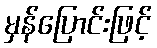
မှန်ပြောင်းဖြင့်